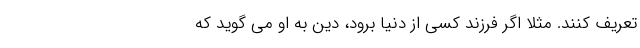
تعریف کنند. مثلاً اگر فرزند کسی از دنیا برود، دین به او می گوید که